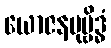
ယောဇနမုဗ္ဗိဒ္ဓံ